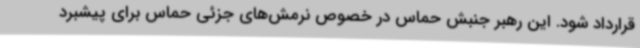
قرارداد شود. این رهبر جنبش حماس در خصوص نرمش‌های جزئی حماس برای پیشبرد